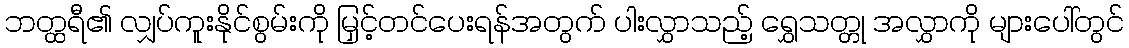
ဘတ္ထရီ၏ လျှပ်ကူးနိုင်စွမ်းကို မြှင့်တင်ပေးရန်အတွက် ပါးလွှာသည့် ရွှေသတ္တု အလွှာကို များပေါ်တွင်